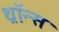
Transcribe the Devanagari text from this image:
थ्राॅन्स